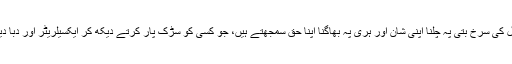
جو سگنل کی سرخ بتی پہ چلنا اپنی شان اور ہری پہ بھاگنا اپنا حق سمجھتے ہیں، جو کسی کو سڑک پار کرتے دیکھ کر ایکسیلریٹر اور دبا دیتے ہیں۔